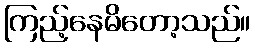
ကြည့်နေမိတော့သည်။